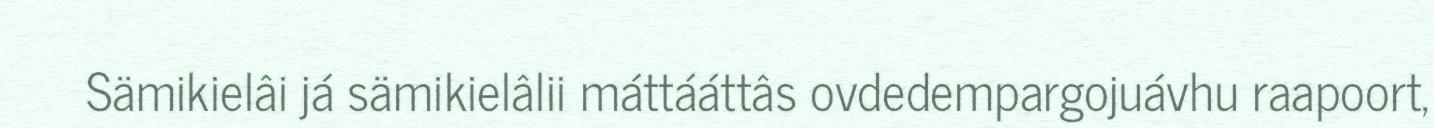
Sämikielâi já sämikielâlii máttááttâs ovdedempargojuávhu raapoort,